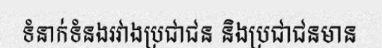
ទំនាក់ទំនងរវាងប្រជាជន និងប្រជាជនមាន